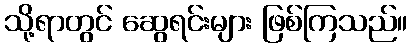
သို့ရာတွင် ဆွေရင်းများ ဖြစ်ကြသည်။